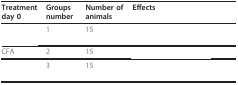
<table><thead><tr><td><b>Treatment day 0</b></td><td><b>Groups number</b></td><td><b>Number of animals</b></td><td><b>Effects</b></td></tr></thead><tbody><tr><td>[EMPTY_CELL]</td><td>1</td><td>15</td><td>[EMPTY_CELL]</td></tr><tr><td>CFA</td><td>2</td><td>15</td><td>[EMPTY_CELL]</td></tr><tr><td>[EMPTY_CELL]</td><td>3</td><td>15</td><td>[EMPTY_CELL]</td></tr></tbody></table>